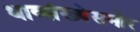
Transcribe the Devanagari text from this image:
धाव्संख्येसमोर